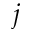
j